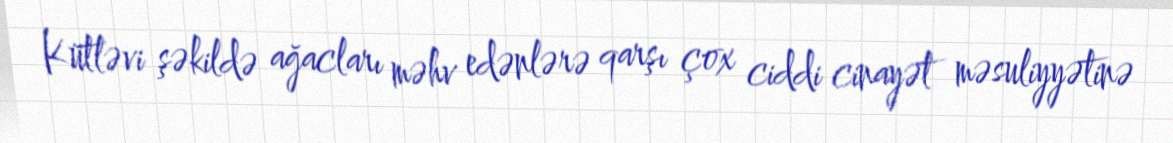
Kütləvi şəkildə ağacları məhv edənlərə qarşı çox ciddi cinayət məsuliyyətinə